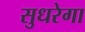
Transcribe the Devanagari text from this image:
सुधरेगा